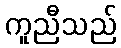
ကူညီသည်